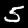
Label: 5